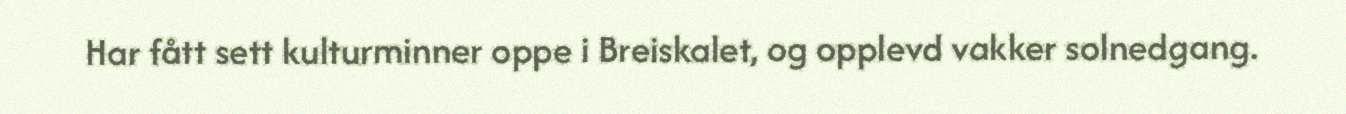
Har fått sett kulturminner oppe i Breiskalet, og opplevd vakker solnedgang.